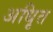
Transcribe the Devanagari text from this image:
अधिृत